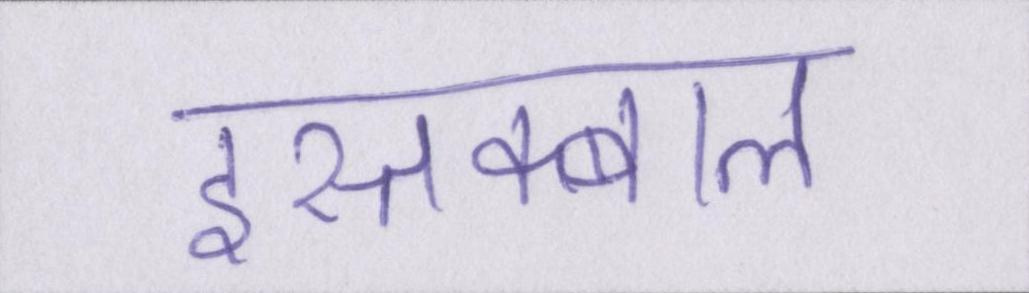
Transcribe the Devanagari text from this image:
इस्तक्बाल